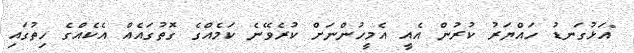
"އަޅުގަނޑު ހައްޔަރު ކުރުން އެއީ އެމީހުންނަށް ކުރެވޭނެ ކަމެއްގެ ގޮތުގައެއް އެކެއްގެ ހިތުގައި